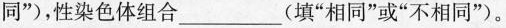
同”)，性染色体组合___(填”相同”或”不相同”)。